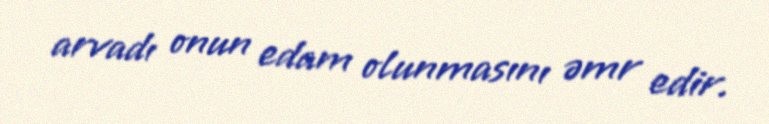
arvadı onun edam olunmasını əmr edir.